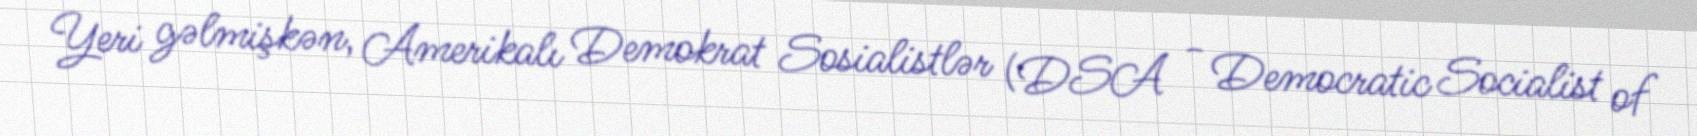
Yeri gəlmişkən, Amerikalı Demokrat Sosialistlər (DSA - Democratic Socialist of